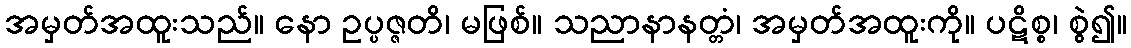
အမှတ်အထူးသည်။ နော ဥပ္ပဇ္ဇတိ၊ မဖြစ်။ သညာနာနတ္တံ၊ အမှတ်အထူးကို။ ပဋိစ္စ၊ စွဲ၍။